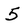
Character: 5